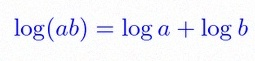
\log(ab)=\log a+\log b